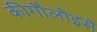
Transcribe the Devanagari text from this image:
कीगौलोइसे